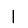
Digit: 1